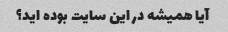
آیا همیشه در این سایت بوده اید؟